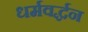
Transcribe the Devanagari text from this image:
धर्मवर्द्धन